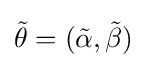
{\tilde {\theta }}=({\tilde {\alpha }},{\tilde {\beta }})